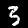
Label: 3